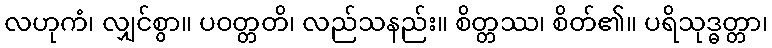
လဟုကံ၊ လျှင်စွာ။ ပဝတ္တတိ၊ လည်သနည်း။ စိတ္တဿ၊ စိတ်၏။ ပရိသုဒ္ဓတ္တာ၊